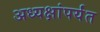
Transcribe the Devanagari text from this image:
अध्यक्षांपर्यंत